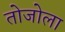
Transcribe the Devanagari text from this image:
तोजोला